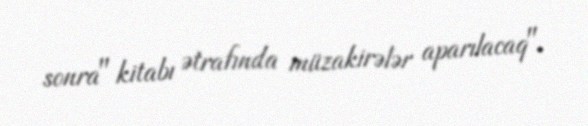
sonra" kitabı ətrafında müzakirələr aparılacaq".